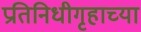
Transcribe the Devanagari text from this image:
प्रतिनिधीगृहाच्या